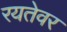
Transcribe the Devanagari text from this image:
रयतेवर